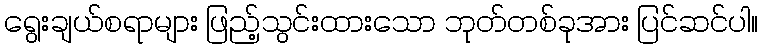
ရွေးချယ်စရာများ ဖြည့်သွင်းထားသော ဘုတ်တစ်ခုအား ပြင်ဆင်ပါ။